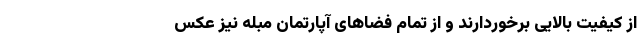
از کیفیت بالایی برخوردارند و از تمام فضاهای آپارتمان مبله نیز عکس